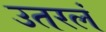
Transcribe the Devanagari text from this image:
उतरलं